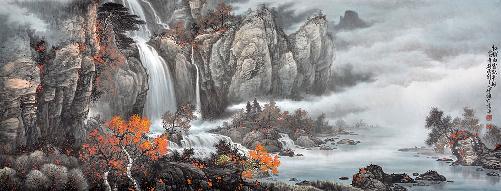
置酒望白云，商飙起寒梧。